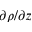
\partial \rho / \partial z